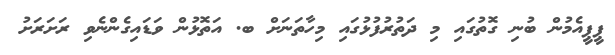
ޕީޕީއެމުން ބުނި ގޮތުގައި މި ދަތުރުފުޅުގައި މިހާތަނަށް ބ. އަތޮޅުން ވަޑައިގެންނެވި ރަށަރަށު